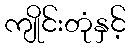
ကျိုင်းတုံနှင့်